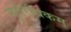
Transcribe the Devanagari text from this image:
गुरोरधिकम्